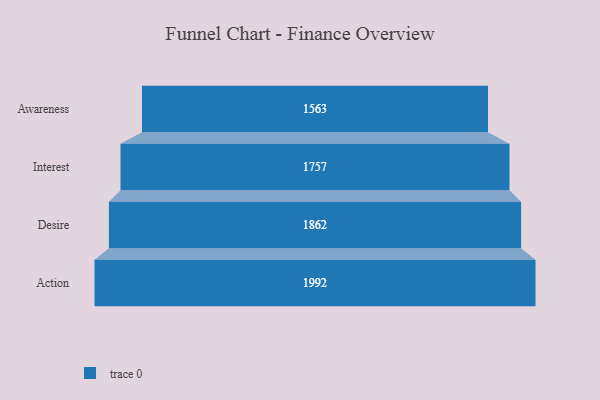
{"axis": {"x": "Stage", "y": "Value"}, "legend": [""], "data": [{"x": "Awareness", "y": 1563.0, "type": ""}, {"x": "Interest", "y": 1757.0, "type": ""}, {"x": "Desire", "y": 1862.0, "type": ""}, {"x": "Action", "y": 1992.0, "type": ""}]}